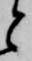
と